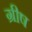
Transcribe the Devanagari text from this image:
ग्रीष